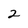
Character: 2